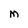
Character: M